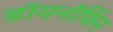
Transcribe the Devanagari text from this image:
डॉयनॉर्फिन